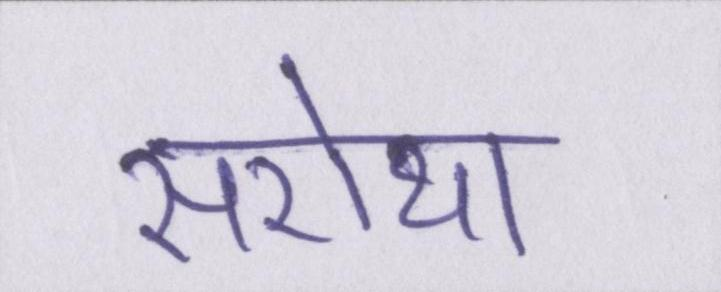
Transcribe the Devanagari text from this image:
सरोथा